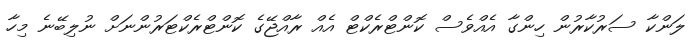
ލަންކާ ސަރުކާރުން ހިންގާ އެއްވެސް ކޮންޓްރެކްޓް އެއް ރާއްޖޭގެ ކޮންޓްރެކްޓަރުންނަށް ނުލިބޭނެ މިހާ